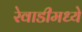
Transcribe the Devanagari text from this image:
रेवाडीमध्ये